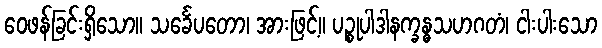
ဝေဖန်ခြင်းရှိသော။ သင်္ခေပတော၊ အားဖြင့်။ ပဉ္စုပါဒါနက္ခန္ဓသဟဂတံ၊ ငါးပါးသော